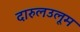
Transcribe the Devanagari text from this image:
दारुलउलूम